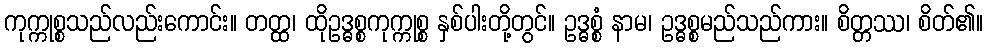
ကုက္ကုစ္စသည်လည်းကောင်း။ တတ္ထ၊ ထိုဥဒ္ဓစ္စကုက္ကုစ္စ နှစ်ပါးတို့တွင်။ ဥဒ္ဓစ္စံ နာမ၊ ဥဒ္ဓစ္စမည်သည်ကား။ စိတ္တဿ၊ စိတ်၏။